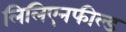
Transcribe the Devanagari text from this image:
लिलिएनफील्ड